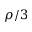
\rho / 3